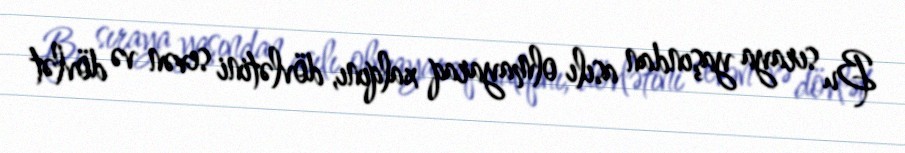
Bu sıraya yaşından asılı olmayaraq xalqını, dövlətini sevən və dövlət